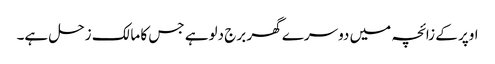
اوپر کے زائچہ میں دوسرے گھر برج دلوہے جس کا مالک زحل ہے۔